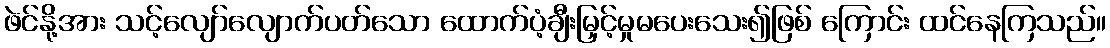
ဖဲင်နို့အား သင့်လျော်လျောက်ပတ်သော ထောက်ပံ့ချီးမြှင့်မှုမပေးသေး၍ဖြစ် ကြောင်း ထင်နေကြသည်။